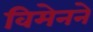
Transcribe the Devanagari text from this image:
विमेनने